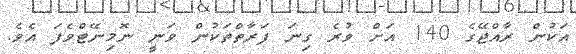
އަކުން ރާއްޖޭގެ 140 އަށް ވުރެ ގިނަ ފަރާތްތަކުން ވަނީ ނޮމިނޭޓްވެފަ އެވެ.